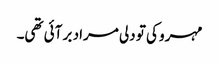
مہرو کی تو دلی مراد بر آئی تھی۔